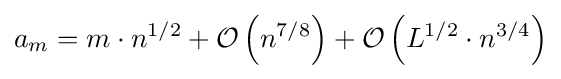
a_{m}=m\cdot n^{1/2}+{\mathcal {O}}\left(n^{7/8}\right)+{\mathcal {O}}\left(L^{1/2}\cdot n^{3/4}\right)